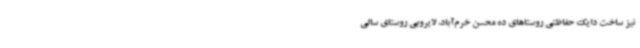
نیز ساخت دایک حفاظتی روستاهای ده محسن خرم‌آباد، لایروبی روستای سالی